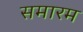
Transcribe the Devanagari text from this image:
समारम